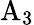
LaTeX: \mathrm{A}_{3}